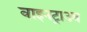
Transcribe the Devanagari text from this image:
वाइनट्राउब